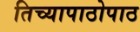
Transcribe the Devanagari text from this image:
तिच्यापाठोपाठ